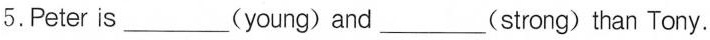
5.Peter is________(young) and_________(strong) than Tony.